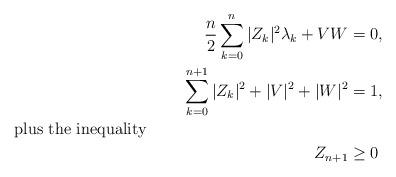
LaTeX: \begin{align*} \frac{n}{2}\sum_{k=0}^{n}|Z_{k}|^{2}\lambda_{k} + V W &= 0, \\ \sum_{k=0}^{n+1}|Z_{k}|^{2} + |V|^{2} + |W|^{2} &= 1, \\ \shortintertext{plus the inequality} Z_{n+1} &\ge 0 \end{align*}